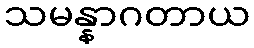
သမန္နာဂတာယ